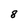
Character: 8